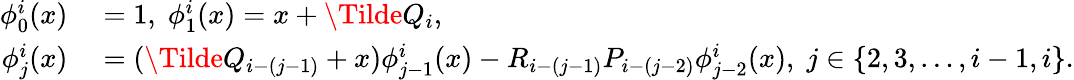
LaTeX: \begin{array}{rl}{\phi_{0}^{i}(x)}&{{}=1,\; \phi_{1}^{i}(x)=x+\Tilde{Q}_{i},\; }\\ {\phi_{j}^{i}(x)}&{{}=(\Tilde{Q}_{i-(j-1)}+x)\phi_{j-1}^{i}(x)-R_{i-(j-1)}P_{i-(j-2)}\phi_{j-2}^{i}(x),\; j\in\{ 2,3,\ldots,i-1,i\} .}\end{array}